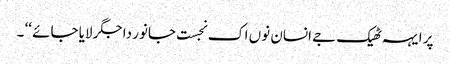
پر ایہہ ٹھیک جے انسان نوں اک نجست جانور دا جگر لایا جائے ‘‘ ۔